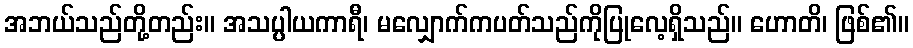
အဘယ်သည်တို့တည်း။ အသပ္ပါယကာရီ၊ မလျှောက်ကပတ်သည်ကိုပြုလေ့ရှိသည်။ ဟောတိ၊ ဖြစ်၏။